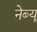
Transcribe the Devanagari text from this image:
नेब्यू